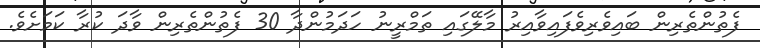
ފެތުންތެރިން ބައިވެރިވެފައިވާއިރު މާލޭގައި ތަމްރީނު ހަދަމުންދާ 30 ފެތުންތެރިން ވާދަ ކުރާ ކަމަށެވެ.